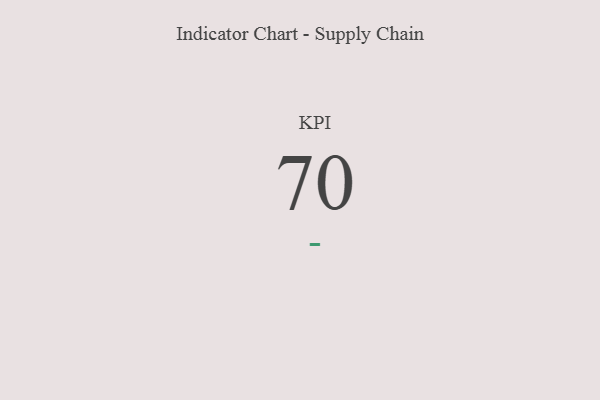
{"axis": {"x": "KPI", "y": "Value"}, "legend": [""], "data": [{"x": "KPI", "y": 70, "type": ""}]}